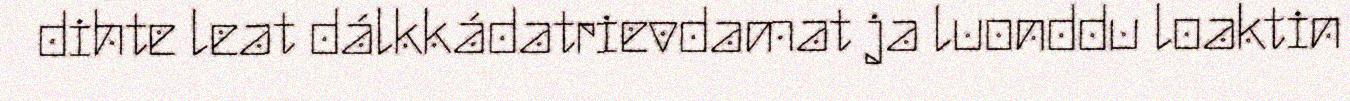
dihte leat dálkkádatrievdamat ja luonddu loaktin